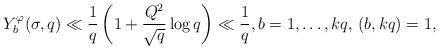
LaTeX: \begin{align*}Y_b^\varphi(\sigma,q)\ll \frac{1}{q}\left(1+\frac{Q^2}{\sqrt{q}}\log q\right)\ll \frac{1}{q},b=1,\ldots,kq,\, (b,kq)=1,\end{align*}